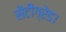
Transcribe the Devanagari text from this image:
सेंटीग्रेड।